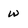
Character: w